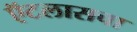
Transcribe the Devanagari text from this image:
ऍटलासचा